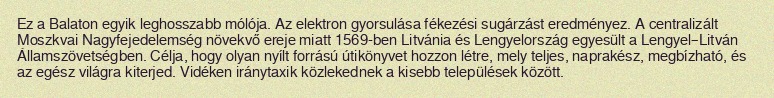
Ez a Balaton egyik leghosszabb mólója. Az elektron gyorsulása fékezési sugárzást eredményez. A centralizált Moszkvai Nagyfejedelemség növekvő ereje miatt 1569-ben Litvánia és Lengyelország egyesült a Lengyel–Litván Államszövetségben. Célja, hogy olyan nyílt forrású útikönyvet hozzon létre, mely teljes, naprakész, megbízható, és az egész világra kiterjed. Vidéken iránytaxik közlekednek a kisebb települések között.